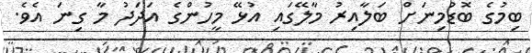
ބިމުގެ ބޮޑުމިނަށް ބަލާއިރު މާލޭގައި އުޅޭ މީހުންގެ އަދަދު މާ ގިނަ އެވެ.